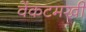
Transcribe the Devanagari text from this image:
वेंकटमखी